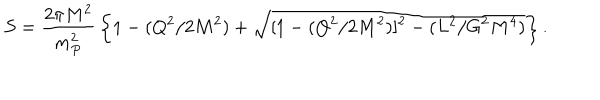
S = { \frac { 2 \pi M ^ { 2 } } { m _ { P } ^ { 2 } } } \left\{ 1 - ( Q ^ { 2 } / 2 M ^ { 2 } ) + \sqrt { [ 1 - ( Q ^ { 2 } / 2 M ^ { 2 } ) ] ^ { 2 } - ( L ^ { 2 } / G ^ { 2 } M ^ { 4 } ) } \right\} .